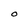
Character: O